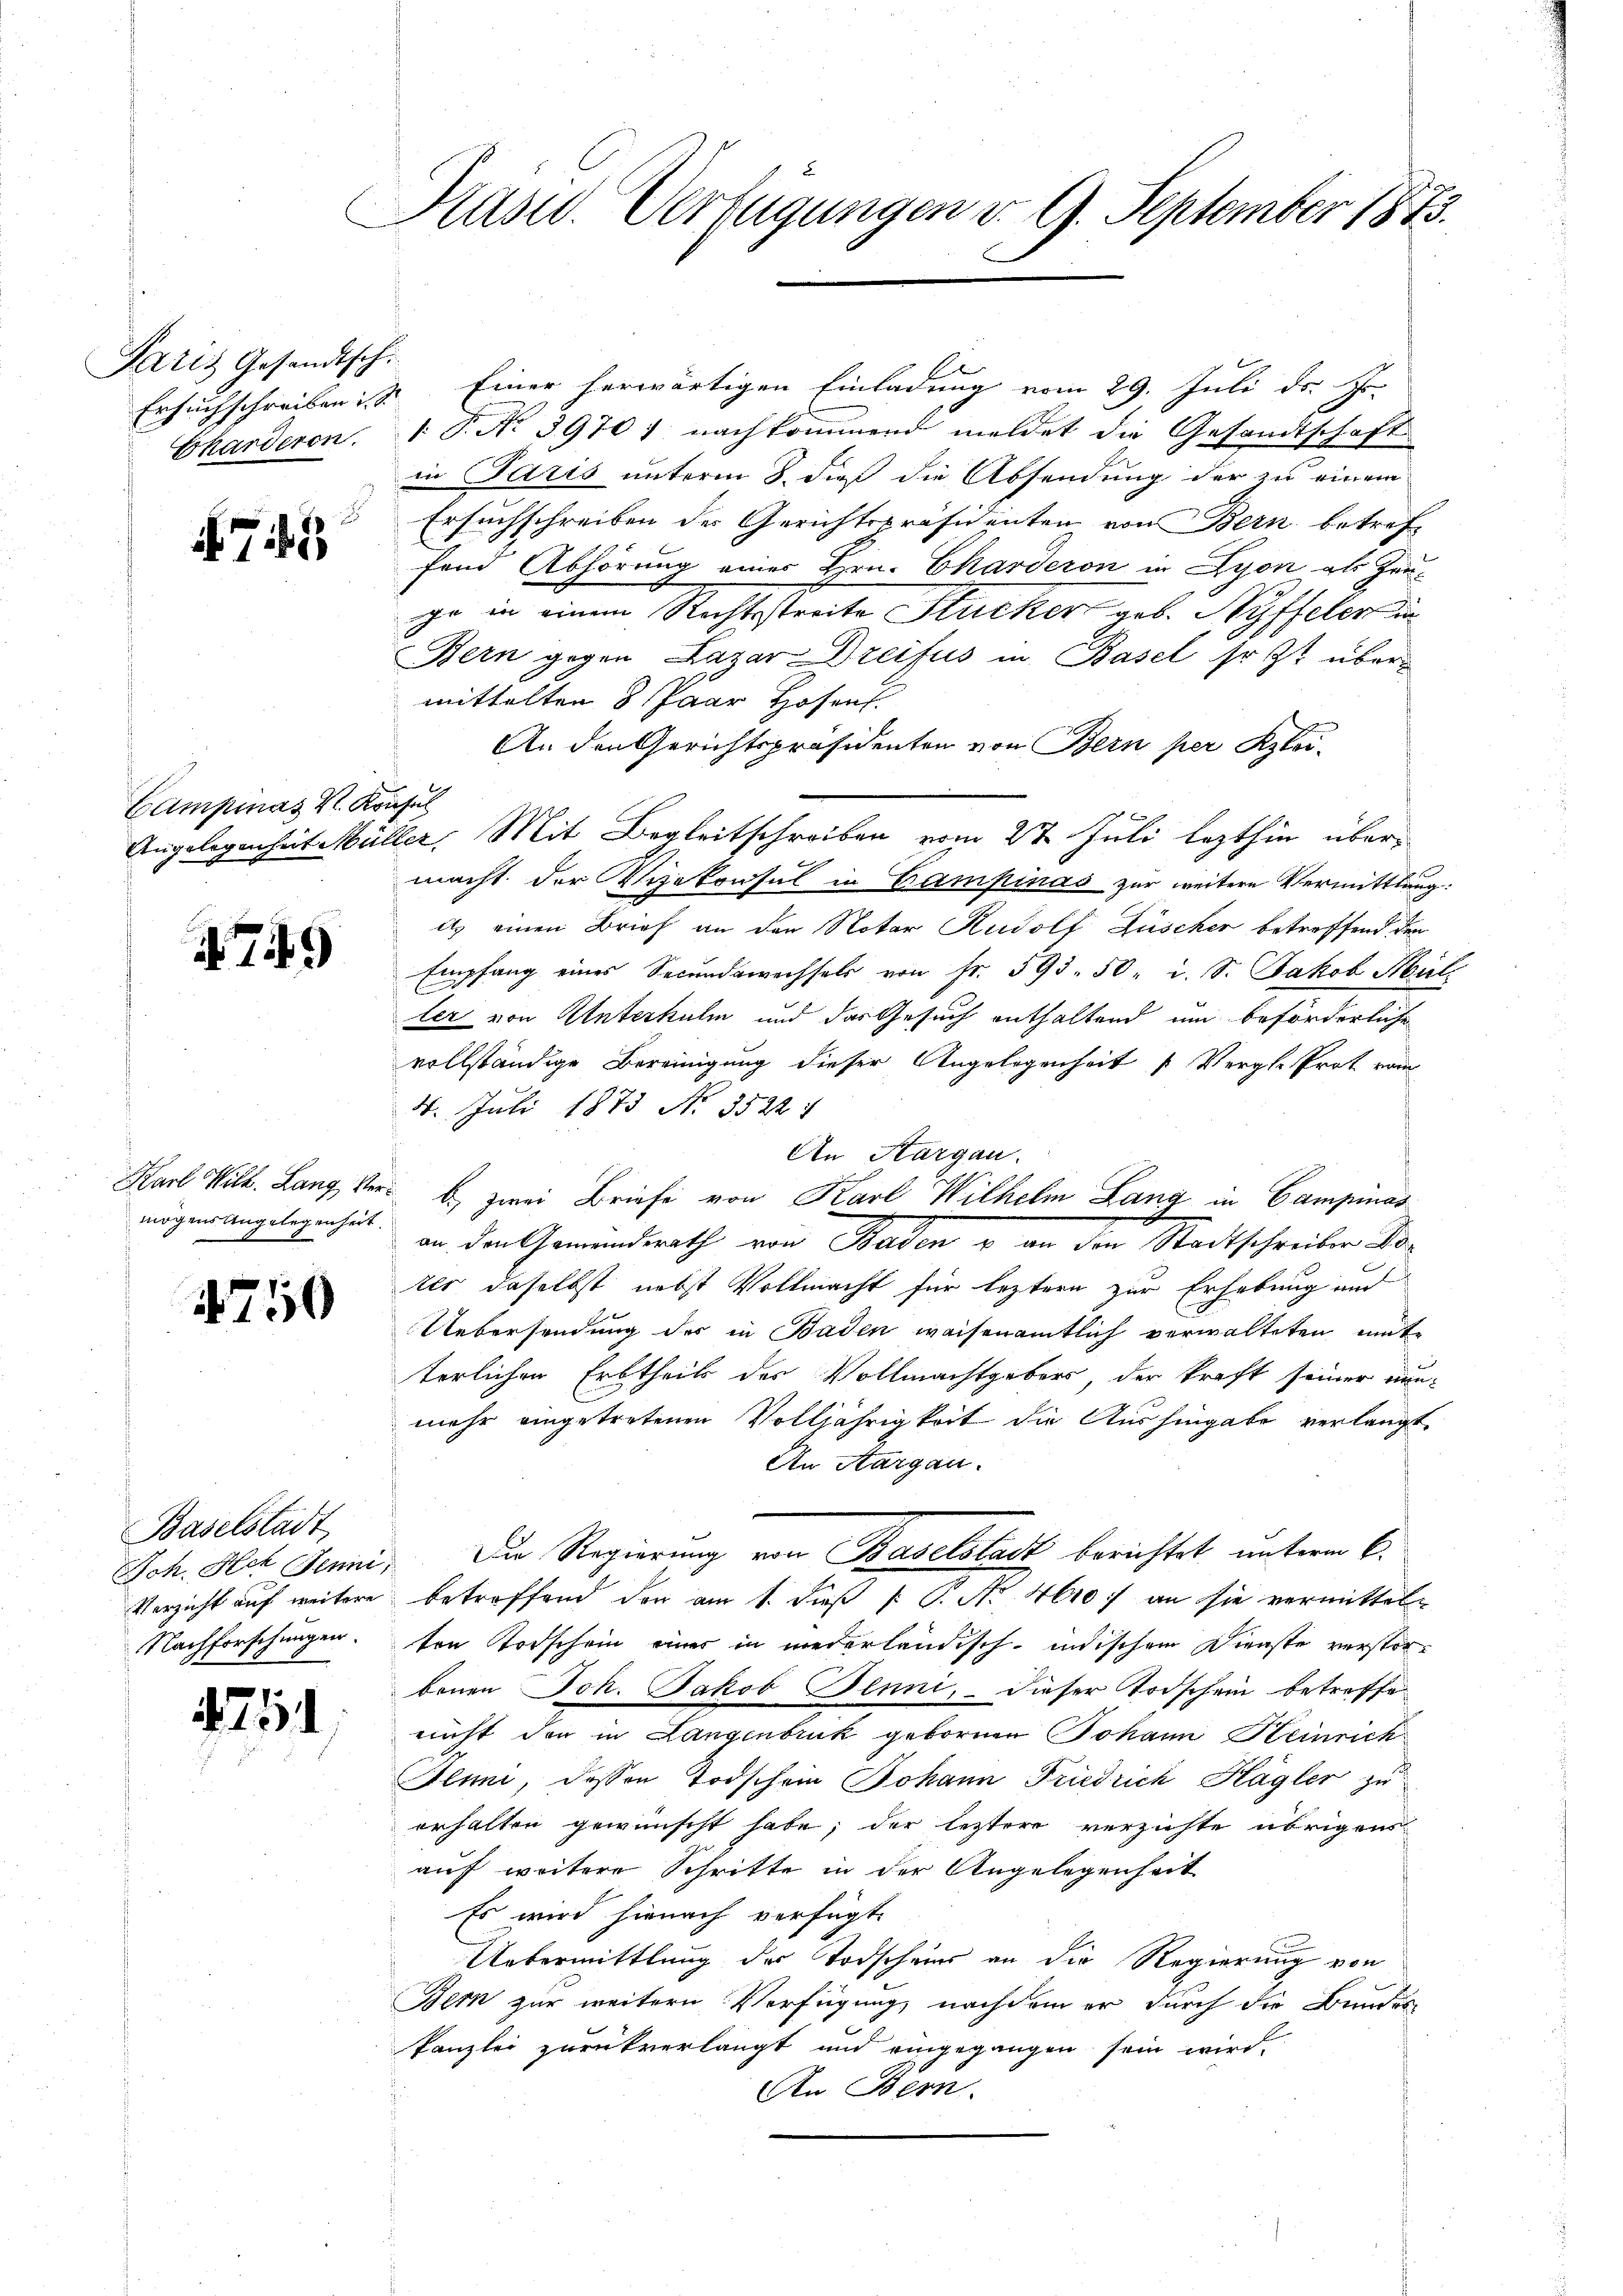
Paris Gesandtsch.
Ersuchschreiben ist. |
Charderon

75

Campias V. Kon
Angelegenheit Meili

749

Karl Wilh. Lang, Vermögens Angelegenheit.

1750

Baselstadt,
Jch. Ach Jenni
Verzicht auf weitere
Nachforschungen.

754

Pasu. Verfügungen d. 9. September 1873.

" Einer herwärtigen Einladung vom 29. Juli d. J
. P. No 3970) nachkommend meldet die Gesandtschaft
in Paris unterm 8. dieß die Absendung der zu einem
Ersuchschreiben der Gerichtspräsidenten von Bern betreffend Abhörung einer Hrn. Charderon in Lyon als Zeuge in einem Rechtsstreite Flucker geb. Ryffeler in
Bern gegen Lazar Dreifus in Basel so zu übermittelten 8 Paar Hosent.
An den Gerichtspräsidenten von Bern per Klei¬
Ver. Mit Begleitschreiben vom 2t Juli lezthin übermacht der Vizekonsul in Campinas zur weitere Vermittlung.
its einen Brief an den Notar Rudolf Lüscher betreffend den
Empfang eines Secundawechsels von Fr. 593. 50. d. S. Jakob Mül
ler von Unterkulm und das Gesuch enthaltend um beförderliche
vollständige Bereinigung dieser Angelegenheit (Verglehret vom
4. Juli 1873 No 3522
An Kargau.
b., zwei Briefe von Karl Wilhelm Lang in Campinas
an den Gemeindrath von Baden u an den Rathschreiben Sotls daselbst nebst Vollmacht für leztern zur Erhebung and
Uebersendung des in Baden weisenamtlich verwalteten mite
terlichen Erbtheils des Vollmachtgebors, der kraft seiner nunmehr eingetretenen Volljährigkeit die Aushingabe verlangt
An Aargau.
Die Regierung von Baselstadt berichtet, unterm 6.
betreffend der am 1. dieß P. P. Nr. 4600) an sie vermittelten Todschein einer in niederländisch-indischem Dienste versterbenen Joh. Jakob Jenni, dieser Todschein betreffe
nicht der in Langenbruck gebornen Johann Heinrich
Aluni, dessen Todschein Johann Friedrich Hagler zu
erhalten gewünscht habe; der letztere verzichte übrigens
auf weitere Schritte in der Angelegenheit
Es wird hienach verfügt:
Uebermittlung des Todscheins an die Regierung von
Bern zur weitern Verfügung nachdem er durch die Bunder
kanzlei zurückverlangt und eingegangen sein wird,
An Bern.

E